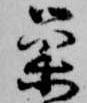
巣